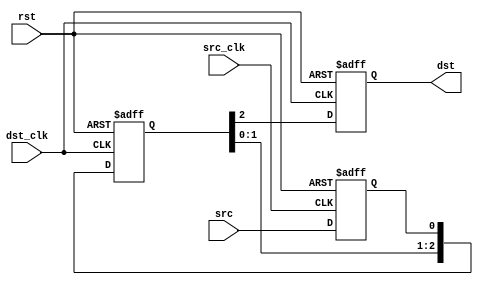
// ========== Copyright Header Begin ============================================
// Copyright (c) 2019 Princeton University
// All rights reserved.
//
// Redistribution and use in source and binary forms, with or without
// modification, are permitted provided that the following conditions are met:
//     * Redistributions of source code must retain the above copyright
//       notice, this list of conditions and the following disclaimer.
//     * Redistributions in binary form must reproduce the above copyright
//       notice, this list of conditions and the following disclaimer in the
//       documentation and/or other materials provided with the distribution.
//     * Neither the name of Princeton University nor the
//       names of its contributors may be used to endorse or promote products
//       derived from this software without specific prior written permission.
//
// THIS SOFTWARE IS PROVIDED BY PRINCETON UNIVERSITY "AS IS" AND
// ANY EXPRESS OR IMPLIED WARRANTIES, INCLUDING, BUT NOT LIMITED TO, THE IMPLIED
// WARRANTIES OF MERCHANTABILITY AND FITNESS FOR A PARTICULAR PURPOSE ARE
// DISCLAIMED. IN NO EVENT SHALL PRINCETON UNIVERSITY BE LIABLE FOR ANY
// DIRECT, INDIRECT, INCIDENTAL, SPECIAL, EXEMPLARY, OR CONSEQUENTIAL DAMAGES
// (INCLUDING, BUT NOT LIMITED TO, PROCUREMENT OF SUBSTITUTE GOODS OR SERVICES;
// LOSS OF USE, DATA, OR PROFITS; OR BUSINESS INTERRUPTION) HOWEVER CAUSED AND
// ON ANY THEORY OF LIABILITY, WHETHER IN CONTRACT, STRICT LIABILITY, OR TORT
// (INCLUDING NEGLIGENCE OR OTHERWISE) ARISING IN ANY WAY OUT OF THE USE OF THIS
// SOFTWARE, EVEN IF ADVISED OF THE POSSIBILITY OF SUCH DAMAGE.
// ========== Copyright Header End ============================================

// Cross-domain bit(s) synchronizer
//  - if WIDTH is greater than 1, the bits are independently synced. do not use
//      this directly for bus signals.
`ifdef PITON_FPGA_SYNTH
`define USE_XILINX_XPM
`endif
module cdc_bits (
    rst,
    src_clk, src,
    dst_clk, dst
    );

    parameter WIDTH = 1;

    input  wire                 rst;

    input  wire                 src_clk;
    input  wire [WIDTH - 1:0]   src;

    input  wire                 dst_clk;
    output wire [WIDTH - 1:0]   dst;

`ifdef USE_XILINX_XPM
    xpm_cdc_array_single #(
        .DEST_SYNC_FF(4)
        ,.WIDTH(WIDTH)
        ,.SRC_INPUT_REG(1)
    ) xpm_cdc_array_single_inst (
        .src_clk(src_clk)
        ,.src_in(src)
        ,.dest_clk(dst_clk)
        ,.dest_out(dst)
        );
`else
    reg [WIDTH - 1:0]   dst_f;
    assign dst = dst_f;

    genvar i;
    generate for (i = 0; i < WIDTH; i = i + 1) begin: cdc_bit
        reg [3:0] bit_f;   // 4-stage synchronizer

        always @(posedge src_clk or posedge rst) begin
            if (rst) begin
                bit_f[0]    <=  1'b0;
            end else begin
                bit_f[0]    <=  src[i];
            end
        end

        always @(posedge dst_clk or posedge rst) begin
            if (rst) begin
                {dst_f[i], bit_f[3:1]}  <=  4'h0;
            end else begin
                {dst_f[i], bit_f[3:1]}  <=  bit_f;
            end
        end
    end endgenerate
`endif

endmodule